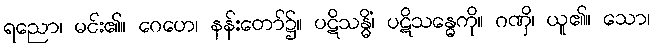
ရညော၊ မင်း၏။ ဂေဟေ၊ နန်းတော်၌။ ပဋိသန္ဓိံ၊ ပဋိသန္ဓေကို။ ဂဏှိ၊ ယူ၏။ သော၊